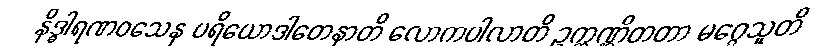
နိဒ္ဓါရဏဝသေန ပရိယောဒါတေနာတိ လောကပါလာတိ ဥက္ကဏ္ဌိတတာ မဂ္ဂေသူတိ